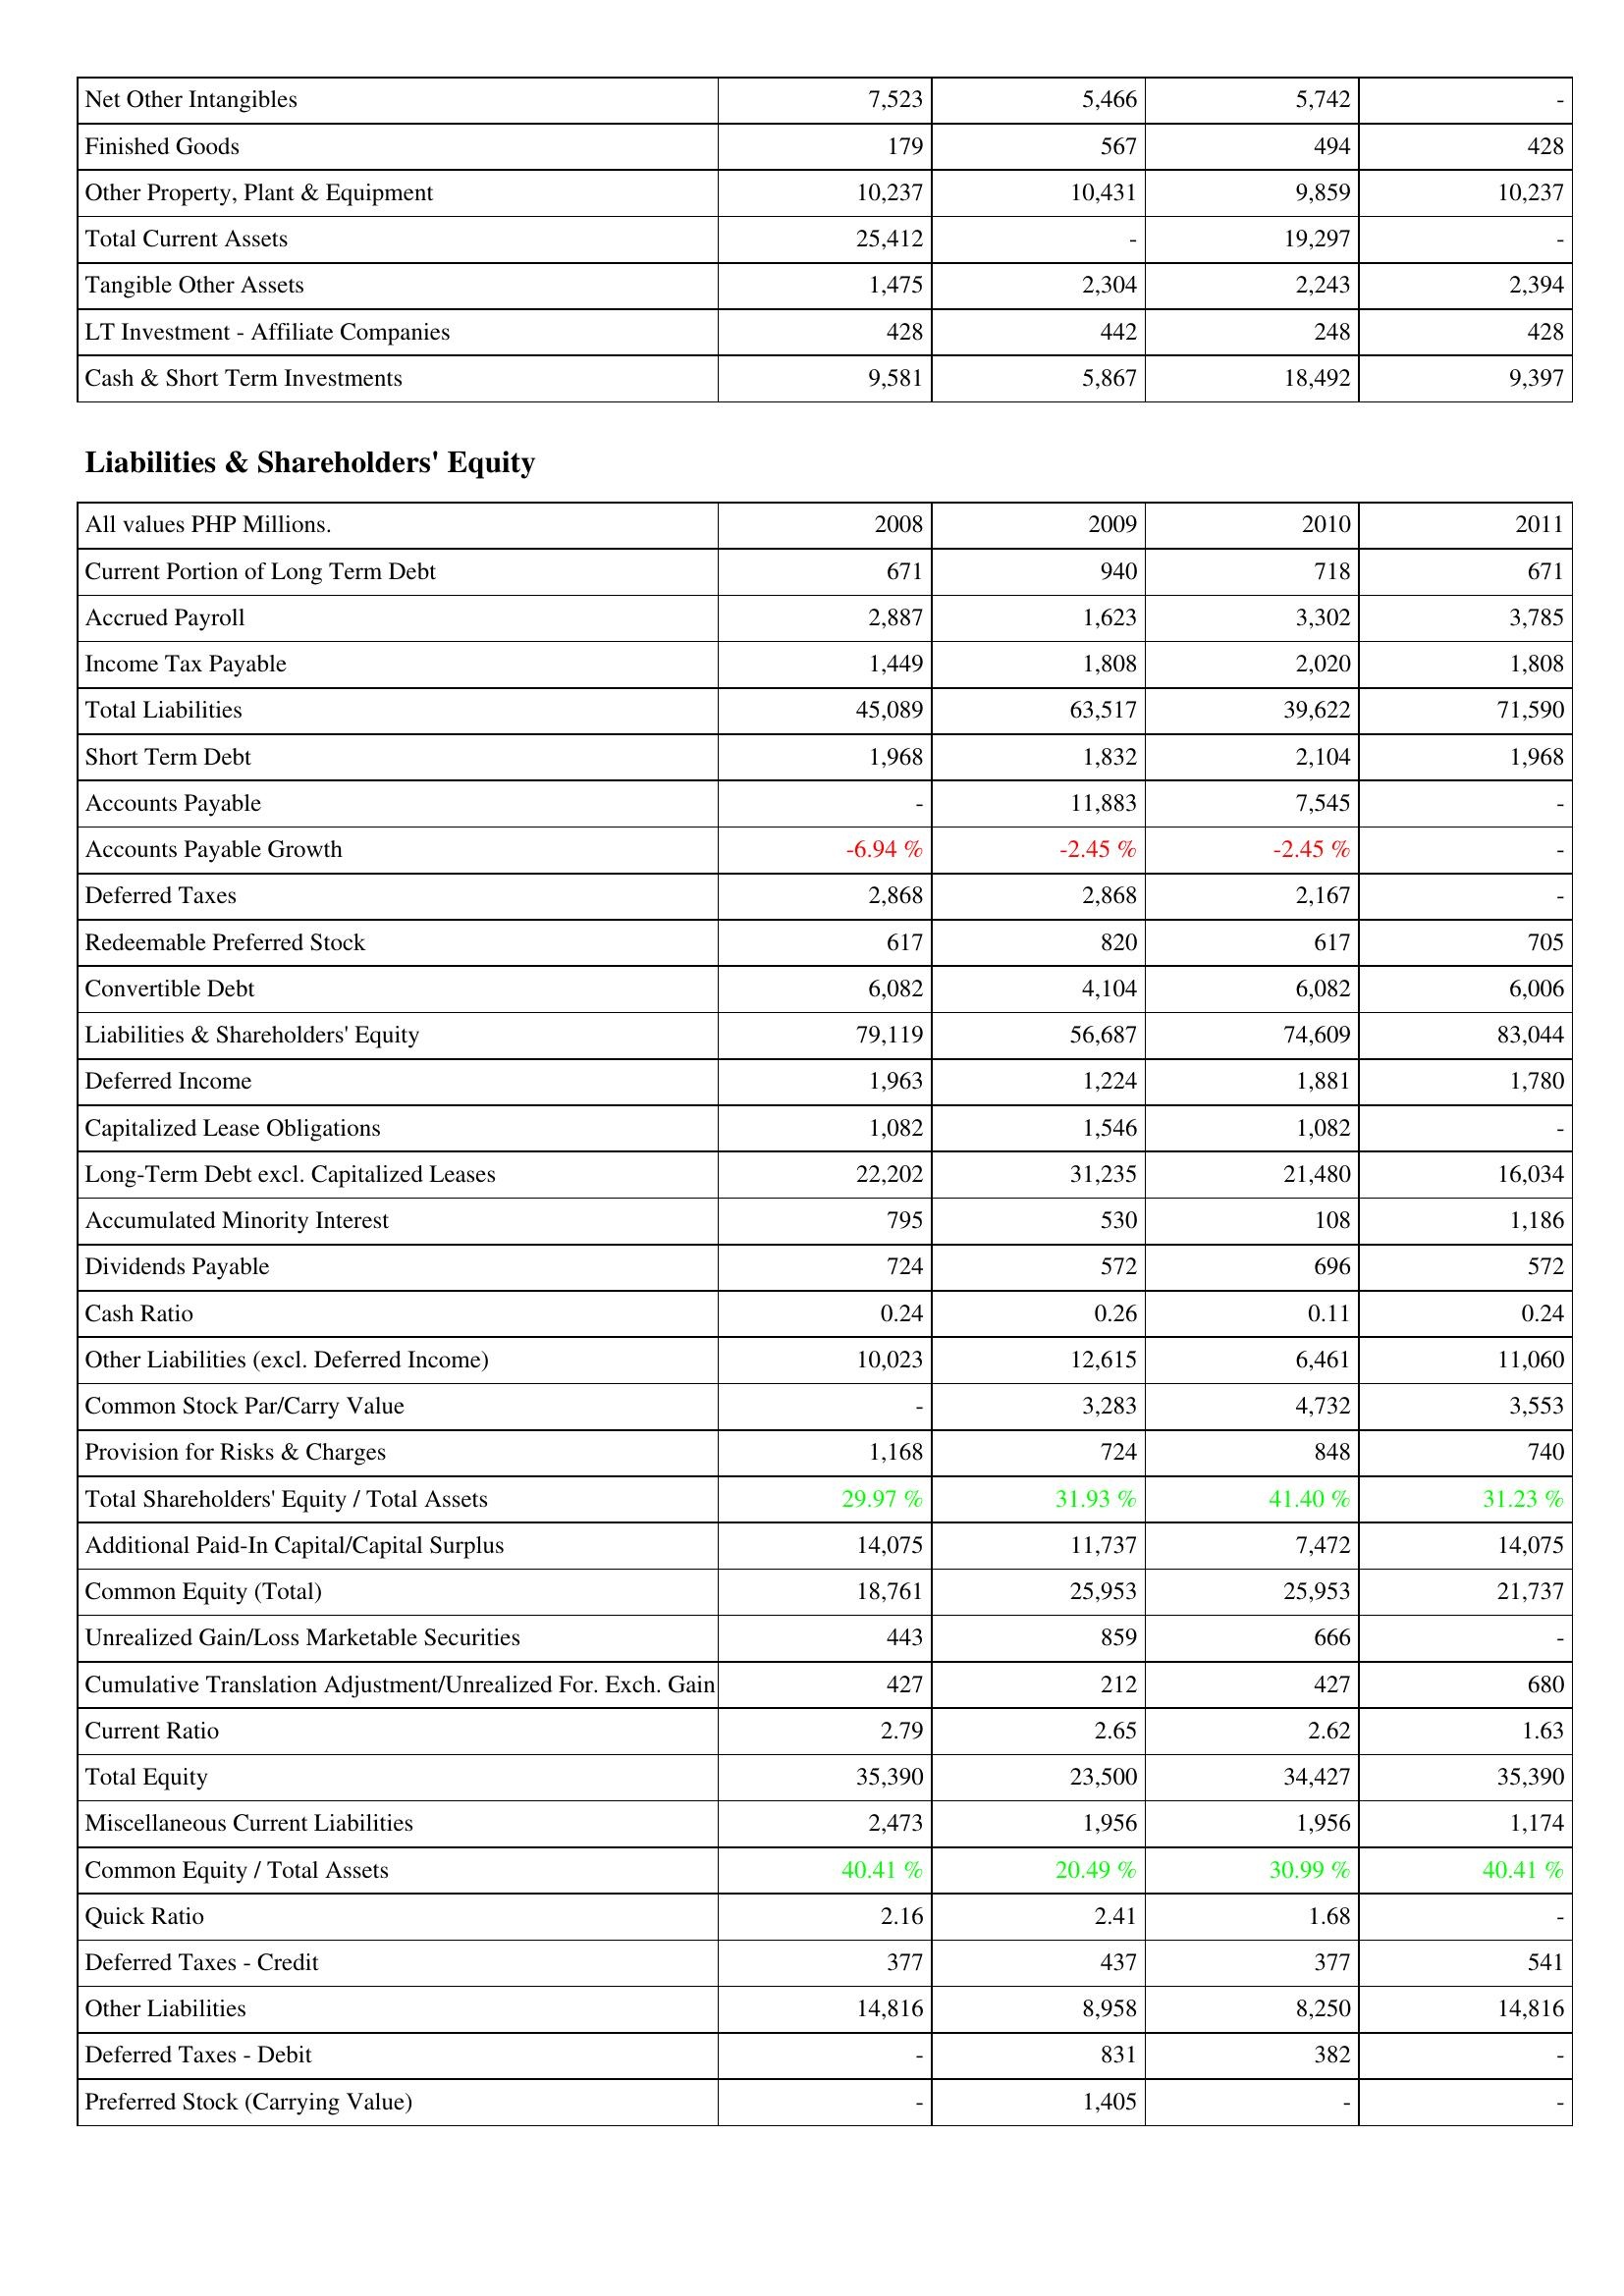
2008: Assets: Net Other Intangibles: 7,523
Finished Goods: 179
Other Property, Plant & Equipment: 10,237
Total Current Assets: 25,412
Tangible Other Assets: 1,475
LT Investment - Affiliate Companies: 428
Cash & Short Term Investments: 9,581
Liabilities & Shareholders' Equity: Current Portion of Long Term Debt: 671
Accrued Payroll: 2,887
Income Tax Payable: 1,449
Total Liabilities: 45,089
Short Term Debt: 1,968
Accounts Payable: -
Accounts Payable Growth: -6.94 %
Deferred Taxes: 2,868
Redeemable Preferred Stock: 617
Convertible Debt: 6,082
Liabilities & Shareholders' Equity: 79,119
Deferred Income: 1,963
Capitalized Lease Obligations: 1,082
Long-Term Debt excl. Capitalized Leases: 22,202
Accumulated Minority Interest: 795
Dividends Payable: 724
Cash Ratio: 0.24
Other Liabilities (excl. Deferred Income): 10,023
Common Stock Par/Carry Value: -
Provision for Risks & Charges: 1,168
Total Shareholders' Equity / Total Assets: 29.97 %
Additional Paid-In Capital/Capital Surplus: 14,075
Common Equity (Total): 18,761
Unrealized Gain/Loss Marketable Securities: 443
Cumulative Translation Adjustment/Unrealized For. Exch. Gain: 427
Current Ratio: 2.79
Total Equity: 35,390
Miscellaneous Current Liabilities: 2,473
Common Equity / Total Assets: 40.41 %
Quick Ratio: 2.16
Deferred Taxes - Credit: 377
Other Liabilities: 14,816
Deferred Taxes - Debit: -
Preferred Stock (Carrying Value): -
2009: Assets: Net Other Intangibles: 5,466
Finished Goods: 567
Other Property, Plant & Equipment: 10,431
Total Current Assets: -
Tangible Other Assets: 2,304
LT Investment - Affiliate Companies: 442
Cash & Short Term Investments: 5,867
Liabilities & Shareholders' Equity: Current Portion of Long Term Debt: 940
Accrued Payroll: 1,623
Income Tax Payable: 1,808
Total Liabilities: 63,517
Short Term Debt: 1,832
Accounts Payable: 11,883
Accounts Payable Growth: -2.45 %
Deferred Taxes: 2,868
Redeemable Preferred Stock: 820
Convertible Debt: 4,104
Liabilities & Shareholders' Equity: 56,687
Deferred Income: 1,224
Capitalized Lease Obligations: 1,546
Long-Term Debt excl. Capitalized Leases: 31,235
Accumulated Minority Interest: 530
Dividends Payable: 572
Cash Ratio: 0.26
Other Liabilities (excl. Deferred Income): 12,615
Common Stock Par/Carry Value: 3,283
Provision for Risks & Charges: 724
Total Shareholders' Equity / Total Assets: 31.93 %
Additional Paid-In Capital/Capital Surplus: 11,737
Common Equity (Total): 25,953
Unrealized Gain/Loss Marketable Securities: 859
Cumulative Translation Adjustment/Unrealized For. Exch. Gain: 212
Current Ratio: 2.65
Total Equity: 23,500
Miscellaneous Current Liabilities: 1,956
Common Equity / Total Assets: 20.49 %
Quick Ratio: 2.41
Deferred Taxes - Credit: 437
Other Liabilities: 8,958
Deferred Taxes - Debit: 831
Preferred Stock (Carrying Value): 1,405
2010: Assets: Net Other Intangibles: 5,742
Finished Goods: 494
Other Property, Plant & Equipment: 9,859
Total Current Assets: 19,297
Tangible Other Assets: 2,243
LT Investment - Affiliate Companies: 248
Cash & Short Term Investments: 18,492
Liabilities & Shareholders' Equity: Current Portion of Long Term Debt: 718
Accrued Payroll: 3,302
Income Tax Payable: 2,020
Total Liabilities: 39,622
Short Term Debt: 2,104
Accounts Payable: 7,545
Accounts Payable Growth: -2.45 %
Deferred Taxes: 2,167
Redeemable Preferred Stock: 617
Convertible Debt: 6,082
Liabilities & Shareholders' Equity: 74,609
Deferred Income: 1,881
Capitalized Lease Obligations: 1,082
Long-Term Debt excl. Capitalized Leases: 21,480
Accumulated Minority Interest: 108
Dividends Payable: 696
Cash Ratio: 0.11
Other Liabilities (excl. Deferred Income): 6,461
Common Stock Par/Carry Value: 4,732
Provision for Risks & Charges: 848
Total Shareholders' Equity / Total Assets: 41.40 %
Additional Paid-In Capital/Capital Surplus: 7,472
Common Equity (Total): 25,953
Unrealized Gain/Loss Marketable Securities: 666
Cumulative Translation Adjustment/Unrealized For. Exch. Gain: 427
Current Ratio: 2.62
Total Equity: 34,427
Miscellaneous Current Liabilities: 1,956
Common Equity / Total Assets: 30.99 %
Quick Ratio: 1.68
Deferred Taxes - Credit: 377
Other Liabilities: 8,250
Deferred Taxes - Debit: 382
Preferred Stock (Carrying Value): -
2011: Assets: Net Other Intangibles: -
Finished Goods: 428
Other Property, Plant & Equipment: 10,237
Total Current Assets: -
Tangible Other Assets: 2,394
LT Investment - Affiliate Companies: 428
Cash & Short Term Investments: 9,397
Liabilities & Shareholders' Equity: Current Portion of Long Term Debt: 671
Accrued Payroll: 3,785
Income Tax Payable: 1,808
Total Liabilities: 71,590
Short Term Debt: 1,968
Accounts Payable: -
Accounts Payable Growth: -
Deferred Taxes: -
Redeemable Preferred Stock: 705
Convertible Debt: 6,006
Liabilities & Shareholders' Equity: 83,044
Deferred Income: 1,780
Capitalized Lease Obligations: -
Long-Term Debt excl. Capitalized Leases: 16,034
Accumulated Minority Interest: 1,186
Dividends Payable: 572
Cash Ratio: 0.24
Other Liabilities (excl. Deferred Income): 11,060
Common Stock Par/Carry Value: 3,553
Provision for Risks & Charges: 740
Total Shareholders' Equity / Total Assets: 31.23 %
Additional Paid-In Capital/Capital Surplus: 14,075
Common Equity (Total): 21,737
Unrealized Gain/Loss Marketable Securities: -
Cumulative Translation Adjustment/Unrealized For. Exch. Gain: 680
Current Ratio: 1.63
Total Equity: 35,390
Miscellaneous Current Liabilities: 1,174
Common Equity / Total Assets: 40.41 %
Quick Ratio: -
Deferred Taxes - Credit: 541
Other Liabilities: 14,816
Deferred Taxes - Debit: -
Preferred Stock (Carrying Value): -